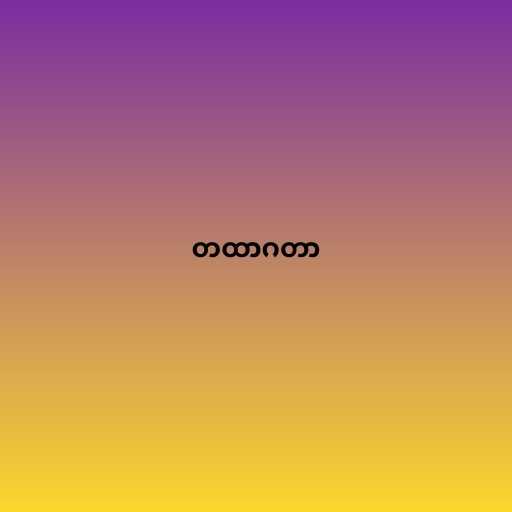
တထာဂတာ